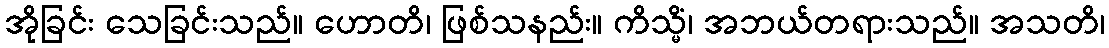
အိုခြင်း သေခြင်းသည်။ ဟောတိ၊ ဖြစ်သနည်း။ ကိသ္မိံ၊ အဘယ်တရားသည်။ အသတိ၊